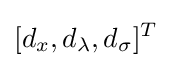
[d_{x},d_{\lambda },d_{\sigma }]^{T}